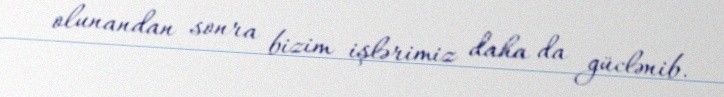
olunandan sonra bizim işlərimiz daha da güclənib.